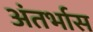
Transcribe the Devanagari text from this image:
अंतर्भास